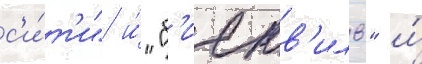
с'и́т'и" и́ "б'иенв'иль" и́